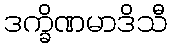
ဒက္ခိဏမာဒိသီ